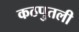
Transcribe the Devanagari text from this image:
कठपुतली